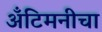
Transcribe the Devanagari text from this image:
अँटिमनीचा